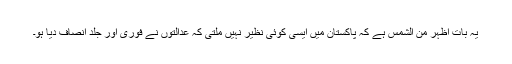
یہ بات اظہر من الشمس ہے کہ پاکستان میں ایسی کوئی نظیر نہیں ملتی کہ عدالتوں نے فوری اور جلد انصاف دیا ہو۔